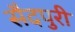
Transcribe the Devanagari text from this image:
सैदपुरी